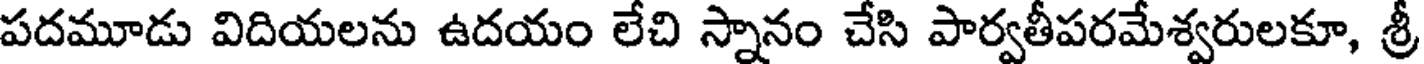
పదమూడు విదియలను ఉదయం లేచి స్నానం చేసి పార్వతీపరమేశ్వరులకూ, శ్రీ